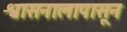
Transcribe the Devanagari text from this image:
श्वासनालापासून